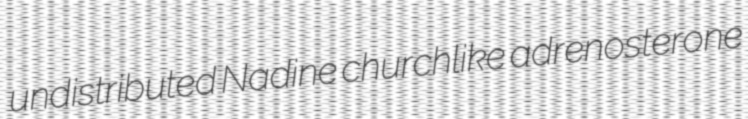
undistributed Nadine churchlike adrenosterone